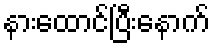
နားထောင်ပြီးနောက်